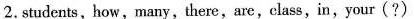
2. students,how,many,there,are,class,in,your(?)